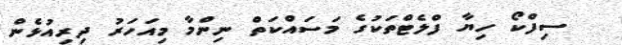
ސިފްކޯ ހިޔާ ފްލެޓްތަކުގެ މަސައްކަތް ނިންމާ މިއަހަރު ދިރިއުޅެން